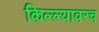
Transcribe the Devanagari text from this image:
किल्ल्यावरच